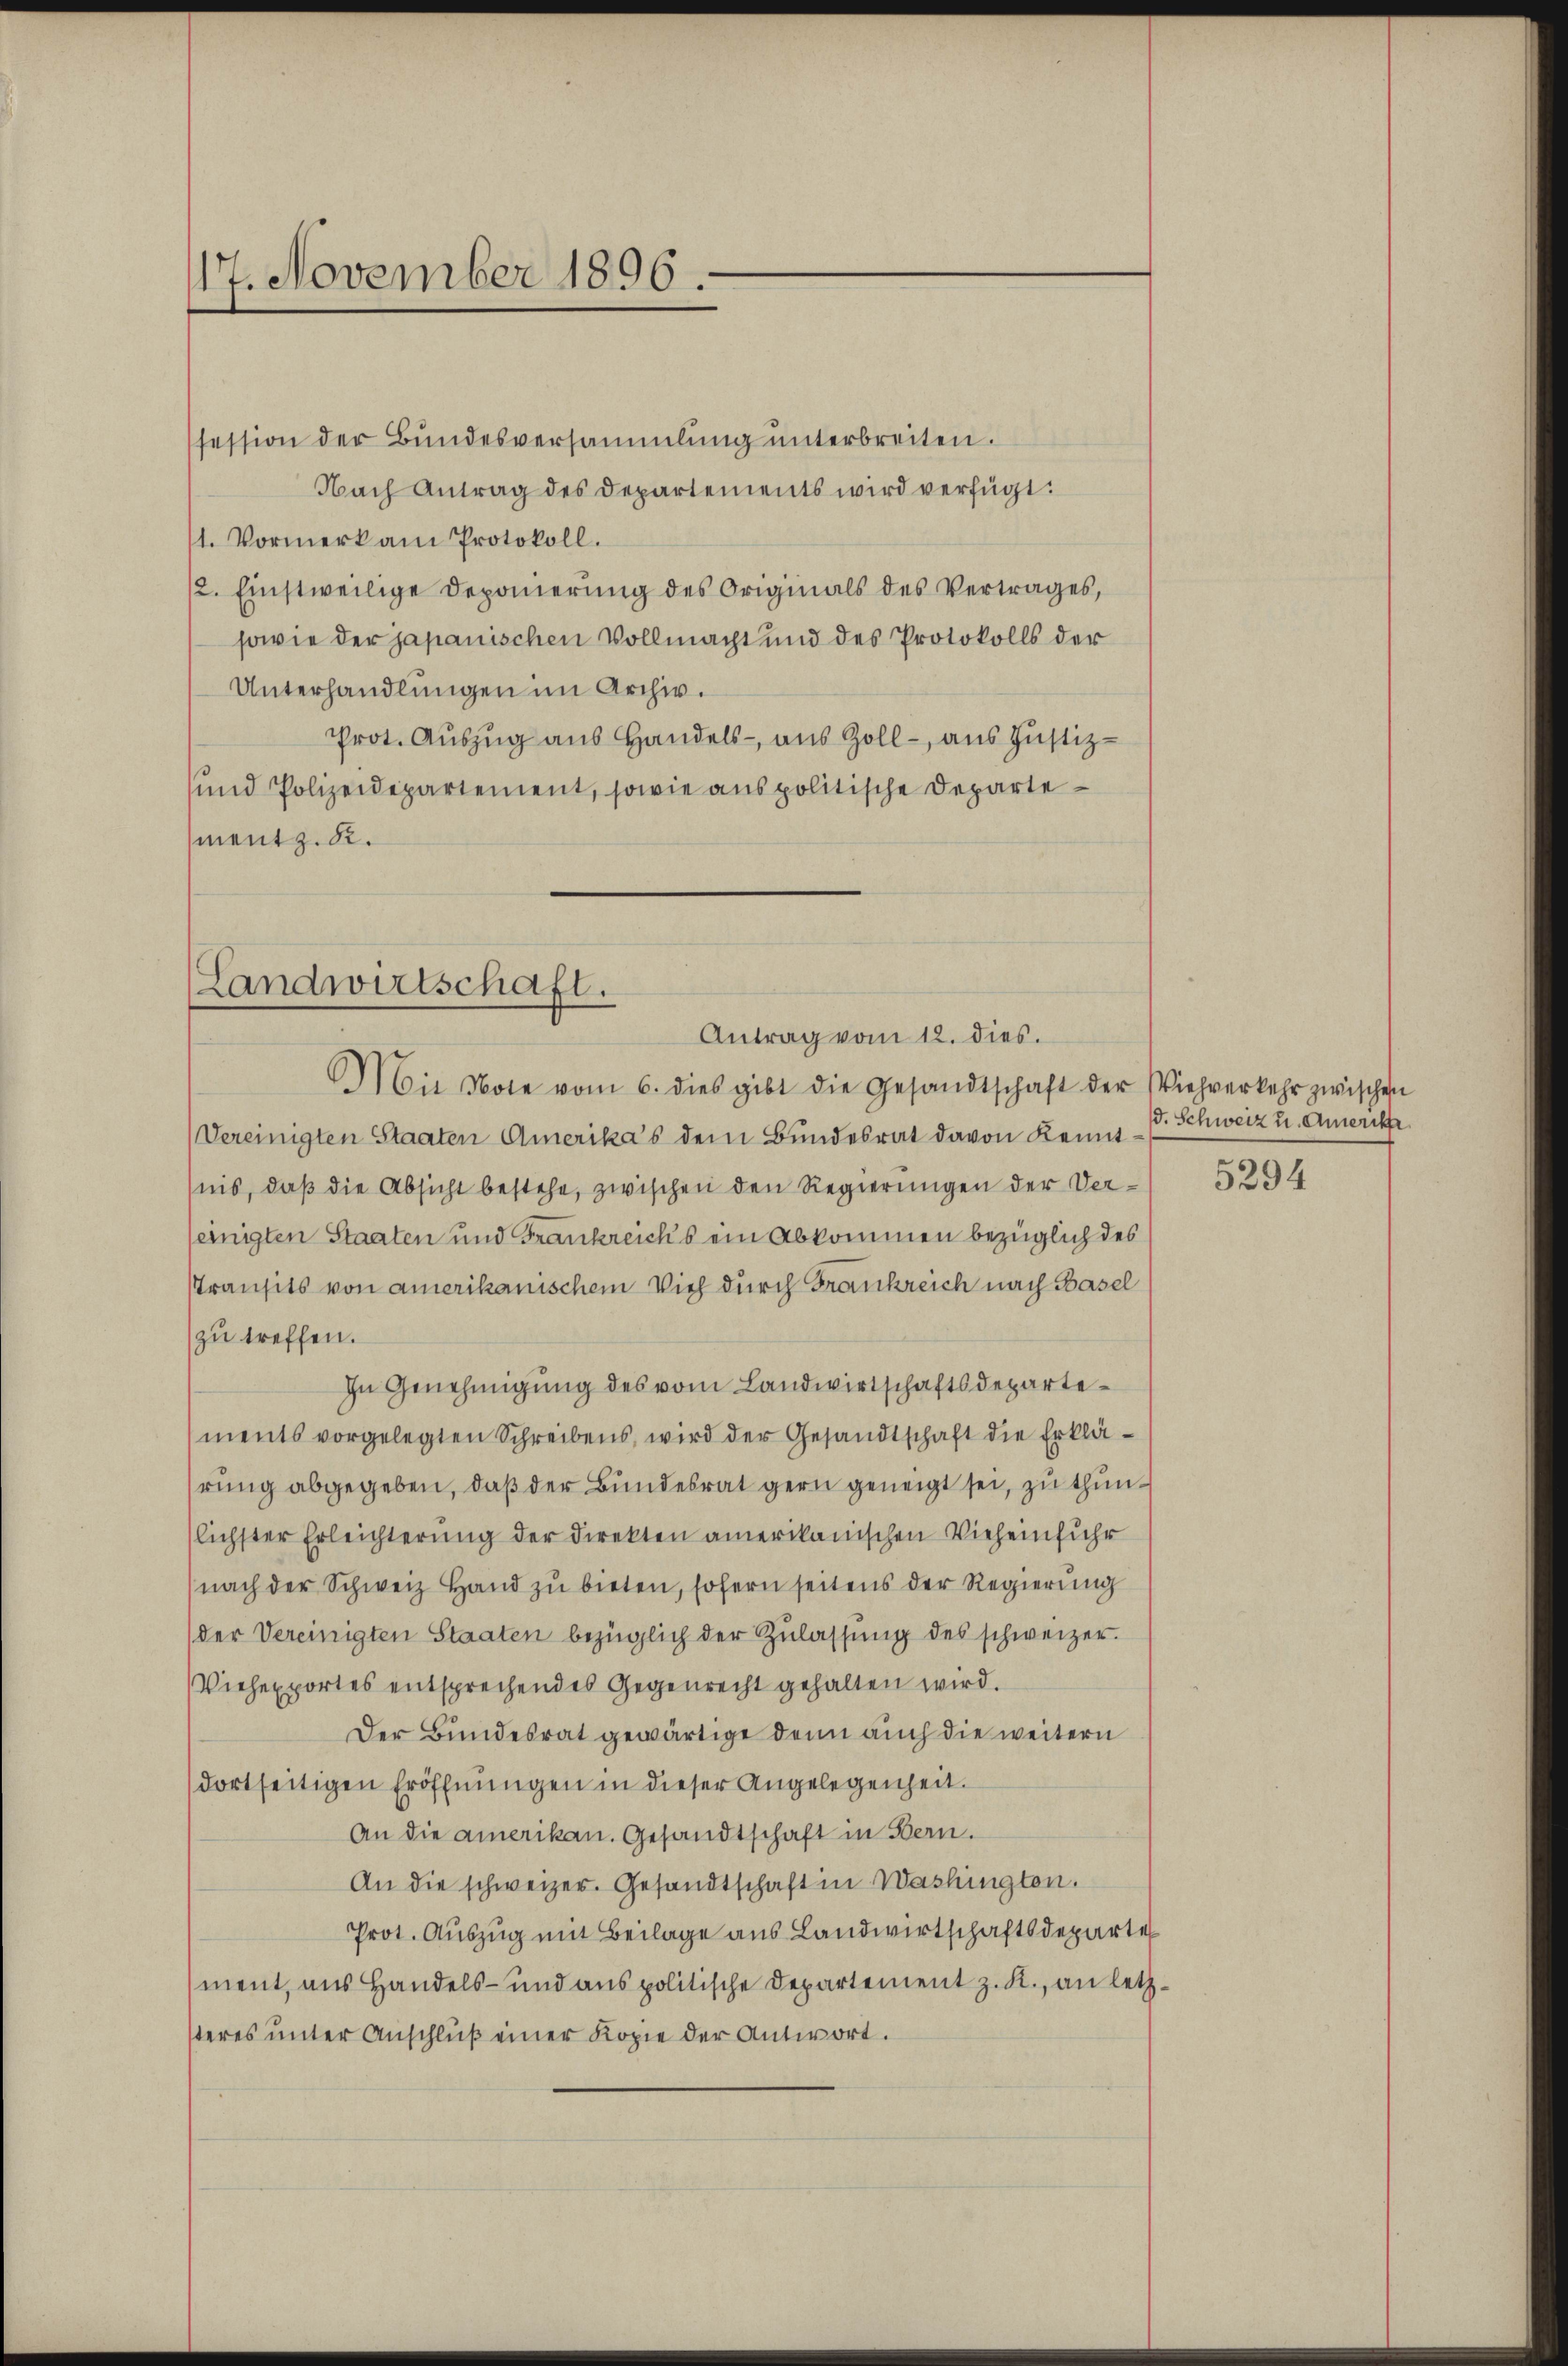
17. November 1896.

session der Bŭndesversammlung unterbreiten.
Nach Antrag des Departements wird verfügt:
1. Vormerk am Protokoll.
12. Einstweilige Deponierung des Originals des Vertrages,
sowie der japanischen Vollmacht und des Protokolls der
Unterhandlungen im Archiv.
Prot. Auszug aus Handels- aus Zoll - aus Justiz¬
und Polizeidepartement, sowie aus politische Departementz. 82.

(Landwirtschaft.
Antrag vom 12. dies.
Mit Note vom 6. dies gibt die Gesandtschaft der Viehverkehr zwischen

Vereinigten Staaten Amerika’s dem Bundesrat davon Kenntnis, daß die Absicht bestehe, zwischen den Regierungen der Vereinigten Staaten und Frankreick’s ein Abkommen bezüglich des
Ptransits von amerikanischem Vieh durch Frankreich nach Basel
zu treffen.
In Genehmigung des vom Landwirtschaftsdepartements vorgelegten Schreibens, wird der Gesandtschaft die Erklährung abgegeben, daß der Bundesrat gern geneigt sei, zu thunslichster Erleichterung der Direkten amerikanischen Vieheinfuhr
nach der Schweiz Hand zŭ bieten, sofern seitens der Regierung
der Vereinigten Staaten bezüglich der Zŭlassŭng des schweizer.
Viehexportes entsprechendes Gegenrecht gehalten wird.
Der Bundesrat gewärtige denn auch die weitern
dortseitigen Eröffnungen in dieser Angelegenheit.
An die amerikan. Gesandtschaft in Bern.
An die schweizer. Gesandtschaft in Washington.
Prot. Auszug mit Beilage aus Landwirtschaftsdeparte
ment, aus Handels- und aus politische Departement z. R., an letzsteres unter Anschluß einer Kopie der Antwort.

d. Schweiz u. Amerik

5294